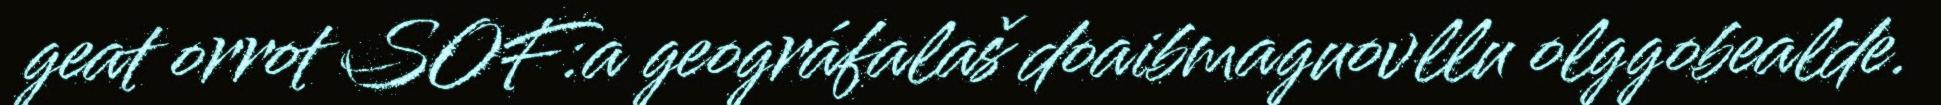
geat orrot SOF:a geográfalaš doaibmaguovllu olggobealde.